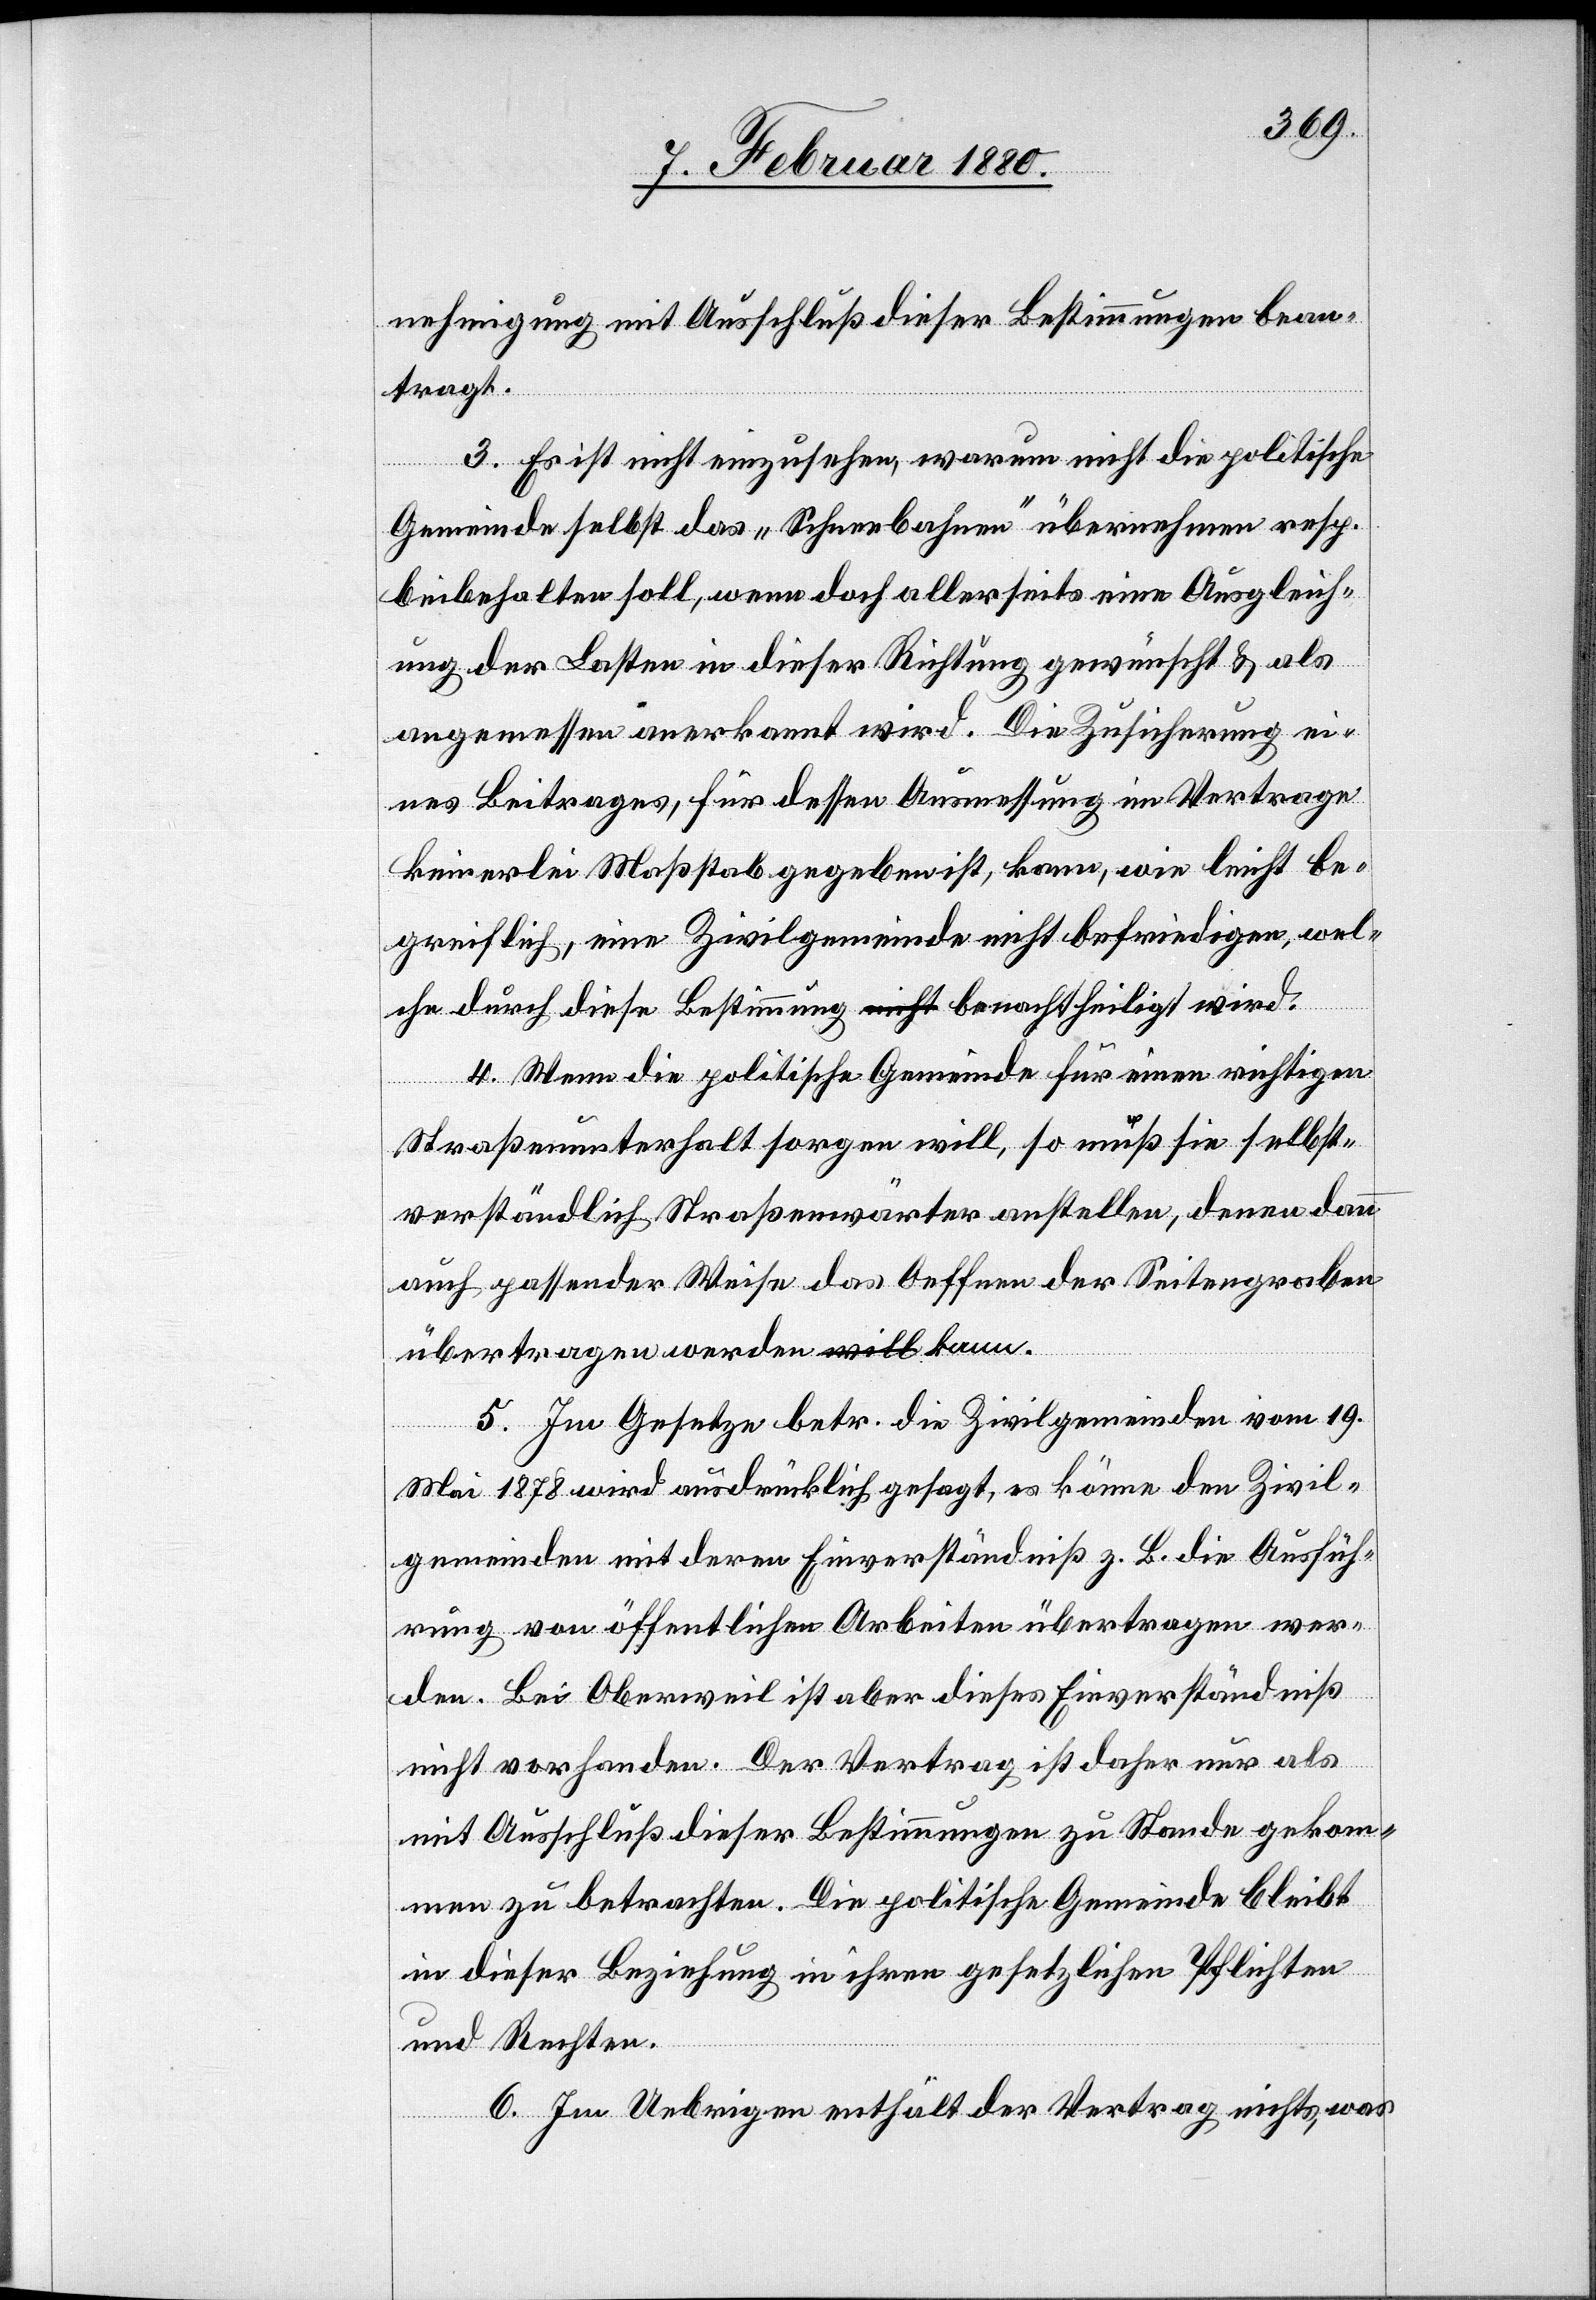
nehmigung mit Ausschluß dieser Bestimmungen bean¬
tragt.
3. Es ist nicht einzusehen, warum nicht die politische
Gemeinde selbst das „Schneebahnen“ übernehmen resp.
beibehalten soll, wenn doch allerseits eine Ausgleich¬
ung der Lasten in dieser Richtung gewünscht & als
angemessen anerkannt wird. Die Zusicherung ei¬
nes Beitrages, für dessen Ausmessung im Vertrage
keinerlei Maßstab gegeben ist, kann, wie leicht be¬
greiflich, eine Zivilgemeinde nicht befriedigen, wel¬
che durch diese Bestimmung a-nicht-a benachtheiligt wird.
4. Wenn die politische Gemeinde für einen richtigen
Straßenunterhalt sorgen will, so muß sie selbst¬
verständlich Straßenwärter anstellen, denen dann
auch passender Weise das Oeffnen der Seitengraben
übertragen werden a-will-a kann.
5. Im Gesetze betr. die Zivilgemeinden vom 19.
Mai 1878 wird ausdrücklich gesagt, es könne den Zivil¬
gemeinden mit deren Einverständniß z. B. die Ausfüh¬
rung von öffentlichen Arbeiten übertragen wer¬
den. Bei Oberweil ist aber dieses Einverständniß
nicht vorhanden. Der Vertrag ist daher nur als
mit Ausschluß dieser Bestimmungen zu Stande gekom¬
men zu betrachten. Die politische Gemeinde bleibt
in dieser Beziehung in ihren gesetzlichen Pflichten
und Rechten.
6. Im Uebrigen enthält der Vertrag nichts, was